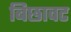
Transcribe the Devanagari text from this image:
बिछावट